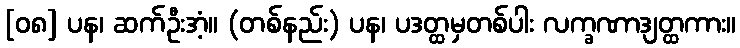
[၀၈] ပန၊ ဆက်ဦးအံ့။ (တစ်နည်း) ပန၊ ပဒတ္ထမှတစ်ပါး လက္ခဏာဒျတ္ထကား။